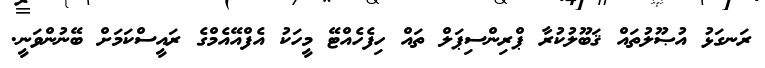
ރަނގަޅު އުޞޫލުތައް ޤަބޫލުކުރާ ޕްރިންސިޕަލް ތައް ހިފެހެއްޓޭ މީހަކު އެފްއޭއެމްގެ ރައީސްކަމަށް ބޭނުންވަނީ.